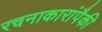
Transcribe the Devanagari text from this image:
रचनाकारांपैकी